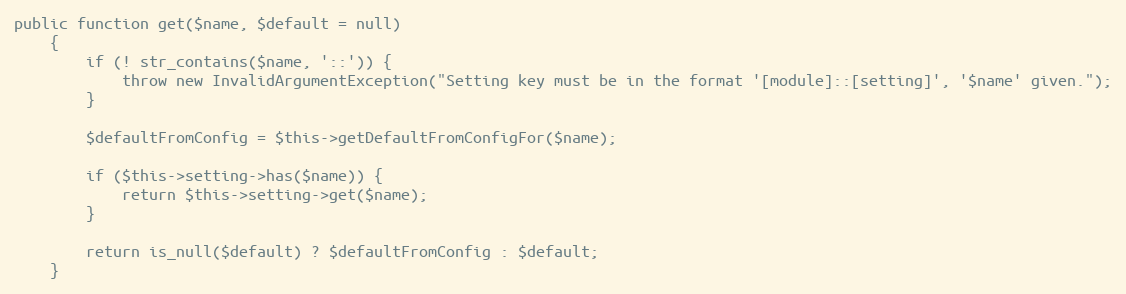
Language: PHP
public function get($name, $default = null)
    {
        if (! str_contains($name, '::')) {
            throw new InvalidArgumentException("Setting key must be in the format '[module]::[setting]', '$name' given.");
        }

        $defaultFromConfig = $this->getDefaultFromConfigFor($name);

        if ($this->setting->has($name)) {
            return $this->setting->get($name);
        }

        return is_null($default) ? $defaultFromConfig : $default;
    }